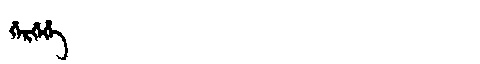
Manchu: ᡤᡝᡵᡤᡝᡥᡝ
Romanization: GERGEHE